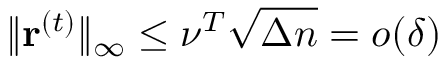
\| \mathbf { r } ^ { ( t ) } \| _ { \infty } \le \nu ^ { T } \sqrt { \Delta n } = o ( \delta )